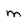
Character: m